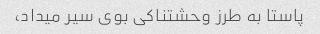
پاستا به طرز وحشتناکی بوی سیر میداد،